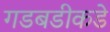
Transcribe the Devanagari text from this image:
गडबडीकडे